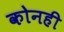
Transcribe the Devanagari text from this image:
कोनही